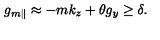
g _ { m \parallel } \approx - m k _ { z } + \theta g _ { y } \geq \delta .